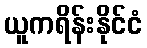
ယူကရိန်းနိုင်ငံ